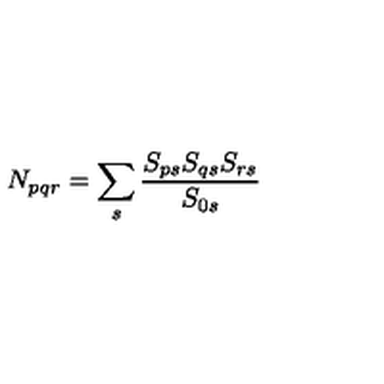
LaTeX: N _ { p q r } = \sum _ { s } \frac { S _ { p s } S _ { q s } S _ { r s } } { S _ { 0 s } }